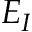
E _ { I }